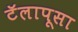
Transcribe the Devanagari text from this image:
टॅलापूसा